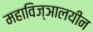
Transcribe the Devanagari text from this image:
महाविज्ञालयीन